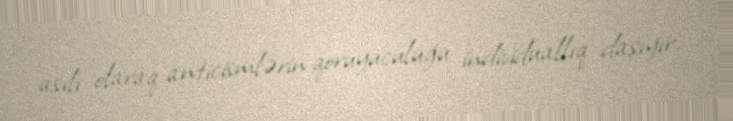
asılı olaraq anticismlərin qoruyuculuğu individuallıq daşıyır.